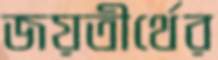
জয়তীর্থের